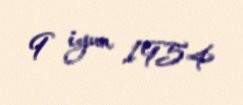
9 iyun 1954